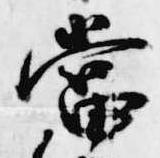
当